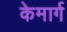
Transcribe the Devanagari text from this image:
केमार्ग